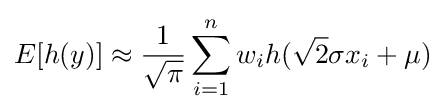
E[h(y)]\approx {\frac {1}{\sqrt {\pi }}}\sum _{i=1}^{n}w_{i}h({\sqrt {2}}\sigma x_{i}+\mu )